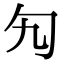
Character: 勼